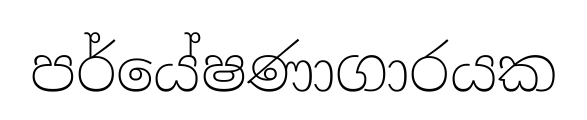
පර්යේෂණාගාරයක